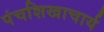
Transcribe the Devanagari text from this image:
पंचशिखाचार्य